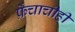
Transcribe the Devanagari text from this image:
फ्रेंचाचीही